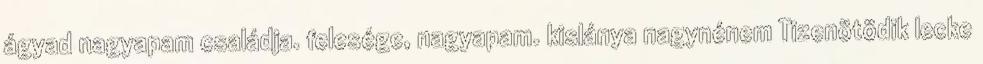
ágyad nagyapam családja. felesége, nagyapam. kislánya nagynénem Tizenötödik lecke